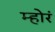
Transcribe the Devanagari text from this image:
म्होरं